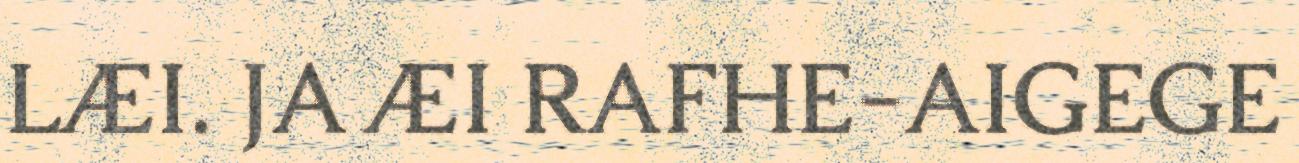
LÆI. JA ÆI RAFHE-AIGEGE